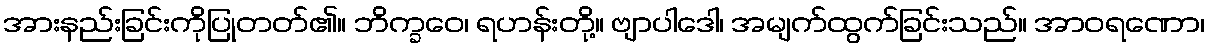
အားနည်းခြင်းကိုပြုတတ်၏။ ဘိက္ခဝေ၊ ရဟန်းတို့။ ဗျာပါဒေါ၊ အမျက်ထွက်ခြင်းသည်။ အာဝရဏော၊